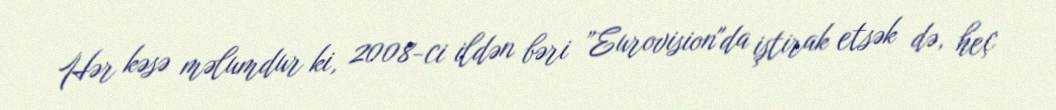
Hər kəsə məlumdur ki, 2008-ci ildən bəri ”Eurovision"da iştirak etsək də, heç